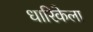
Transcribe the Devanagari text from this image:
धारिकेला